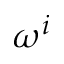
\omega ^ { i }